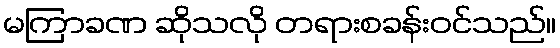
မကြာခဏ ဆိုသလို တရားစခန်းဝင်သည်။